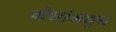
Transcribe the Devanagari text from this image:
मेघांमधुन